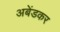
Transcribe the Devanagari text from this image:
अबेंडकर